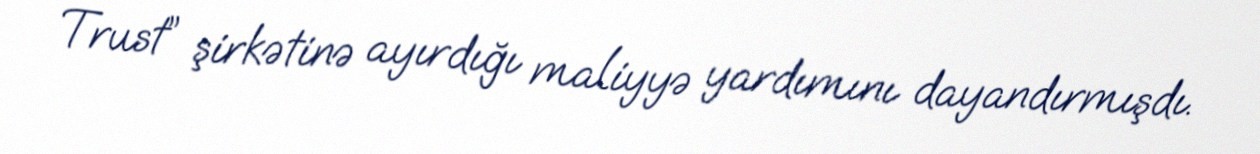
Trust” şirkətinə ayırdığı maliyyə yardımını dayandırmışdı.